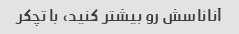
آناناسش رو بیشتر کنید، با تچکر